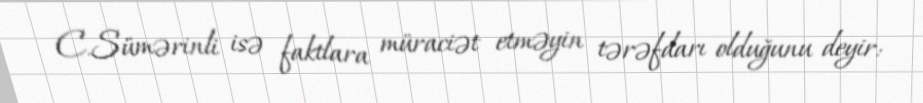
C.Sümərinli isə faktlara müraciət etməyin tərəfdarı olduğunu deyir: